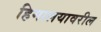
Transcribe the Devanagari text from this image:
हिमालयावरील